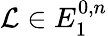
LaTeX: {\mathcal{L}}\in E_{1}^{0,n}